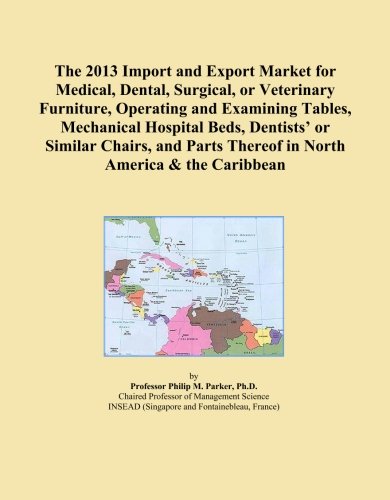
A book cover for The 2013 Import and Export Market for Medical, Dental, Surgical, or Veterinary Furniture, Operating and Examining Tables, Mechanical Hospital Beds, ... Thereof in North America & the Caribbean; Icon Group International; Medical Books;